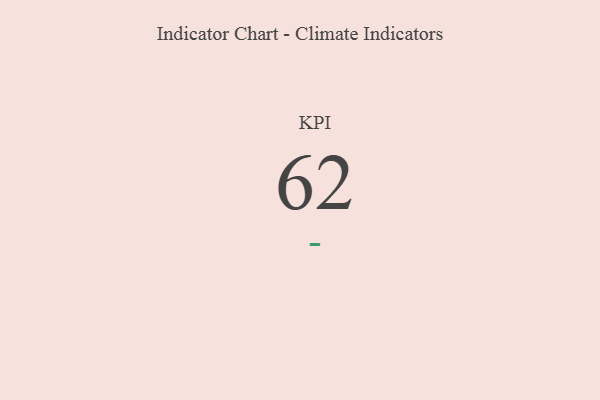
{"axis": {"x": "KPI", "y": "Value"}, "legend": [""], "data": [{"x": "KPI", "y": 62, "type": ""}]}